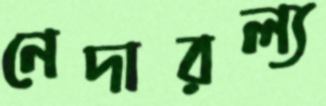
নেদারল্য